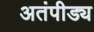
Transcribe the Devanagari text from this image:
अतंपीड्य